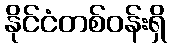
နိုင်ငံတစ်ဝန်းရှိ